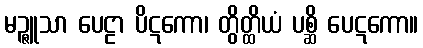
မဉ္ဇူသာ ပေဠာ ပိဋကော၊ တွိတ္ထိယံ ပစ္ဆိ ပေဋကော။